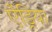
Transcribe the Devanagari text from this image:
ऐंड्रिया